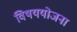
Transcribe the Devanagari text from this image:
विषययोजना